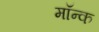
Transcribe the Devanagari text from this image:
मॉन्क